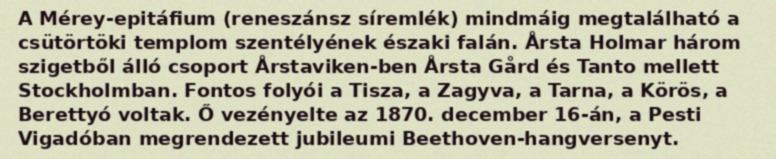
A Mérey-epitáfium (reneszánsz síremlék) mindmáig megtalálható a csütörtöki templom szentélyének északi falán. Årsta Holmar három szigetből álló csoport Årstaviken-ben Årsta Gård és Tanto mellett Stockholmban. Fontos folyói a Tisza, a Zagyva, a Tarna, a Körös, a Berettyó voltak. Ő vezényelte az 1870. december 16-án, a Pesti Vigadóban megrendezett jubileumi Beethoven-hangversenyt.